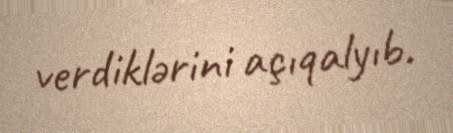
verdiklərini açıqalyıb.